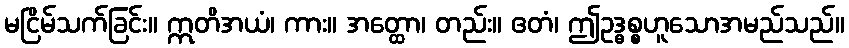
မငြိမ်သက်ခြင်း။ ဣတိအယံ၊ ကား။ အတ္ထော၊ တည်း။ ဧတံ၊ ဤဥဒ္ဓစ္စဟူသောအမည်သည်။